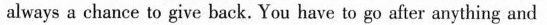
always a chance to give back. You have to go after anything